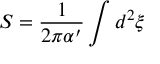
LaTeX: S = \frac { 1 } { 2 \pi \alpha ^ { \prime } } \int d ^ { 2 } \xi